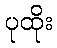
ပုထိုး